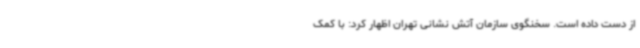
از دست داده است. سخنگوی سازمان آتش نشانی تهران اظهار کرد: با کمک